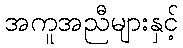
အကူအညီများနှင့်